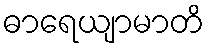
ဓာရေယျာမာတိ